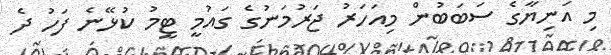
މި އަނިޔާގެ ސަބަބުން މިއަހަރު ޖަރުމަނުގެ ގައުމީ ޓީމު ކުޅޭނެ ފަހު ދެ